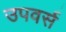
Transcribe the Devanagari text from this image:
उपवर्स